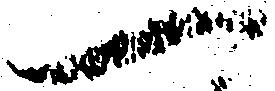
一